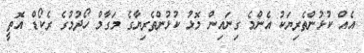
އެއް ކުޅުންތެރިޔަކު އެންމެ ގިނައިން މޮޅު ކުޅުންތެރިޔާގެ މަގާމް ހޯދުމުގެ ރެކޯޑް އޮތީ